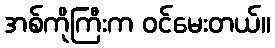
အစ်ကိုကြီးက ဝင်မေးတယ်။